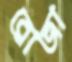
রোজা